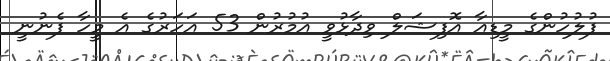
ފުލުހުންގެ މީޑިއާ އޮފިޝަލް ވިދާޅުވީ އުމުރުން 53 އަހަރުގެ އެ މީހާ ފެނުނީ